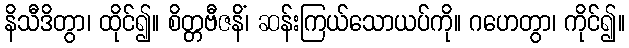
နိသီဒိတွာ၊ ထိုင်၍။ စိတ္တဗီဇနိံ၊ ဆန်းကြယ်သောယပ်ကို။ ဂဟေတွာ၊ ကိုင်၍။